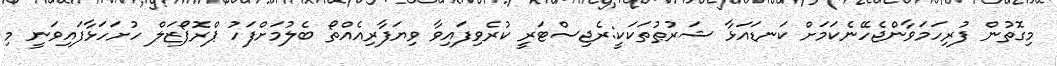
މިގޮތުން ފުރިހަމަވާންޖެހޭނެކަމަށް ކަނޑައަޅާ ޝަރުޠުތަކަކީ:ރެޖިސްޓަރީ ކުރެވިފައިވާ ވިޔަފާރިއެއްތޯ ބެލުމަށްފަހު ޕްރޮޕޯޒަލް ހުށަހަޅާފައިވަނީ މި